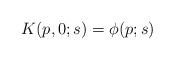
LaTeX: \begin{align*}K (p, 0; s) = \phi (p; s)\end{align*}